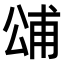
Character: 𭁓